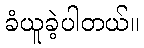
ခံယူခဲ့ပါတယ်။